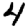
Digit: 4